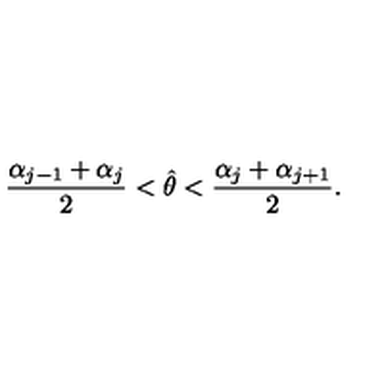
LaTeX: { \frac { \alpha _ { j - 1 } + \alpha _ { j } } { 2 } } < \hat { \theta } < { \frac { \alpha _ { j } + \alpha _ { j + 1 } } { 2 } } .